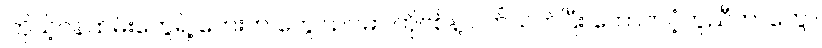
၊ကိုယ့်ဝန်ထမ်းတွေရဲ့ ဘေးက တွေ ၊ ဉပမာ ကိုဗစ်နဲ့ ပတ်သက်ပြီး ထောက်ပံ့ကူညီတာတွေ ၊